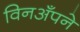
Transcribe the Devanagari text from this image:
विनअँपने